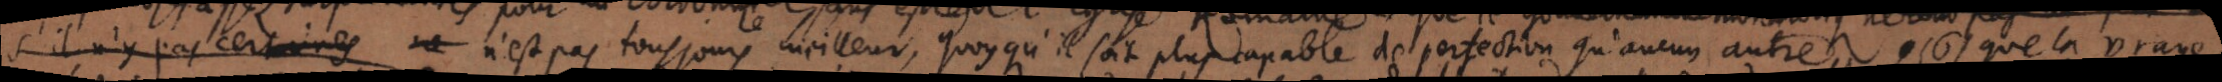
s’il n’y pas certaines ne n’est pas toujours meilleur, quoy qu’il soit plus capable de perfection qu’aucun autre, 6) que la vraye